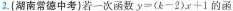
2.{湖南常德中考)若一次函数$$y=(k-2)x+1$$的函数